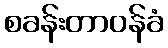
စခန်းတာဝန်ခံ